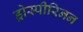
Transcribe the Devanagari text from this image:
ड्रोस्पीरिनन